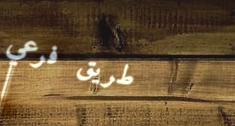
طريق فرعي